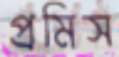
প্রমিস